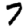
Digit: 7